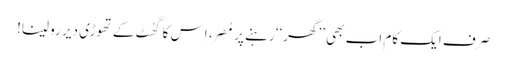
صرف ایک کام اب بھی ’’گھر‘‘ رہنے پر مُصِر، اِس کا گھُٹ کے تھوڑی دیر رو لینا!